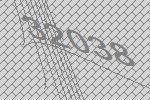
32038